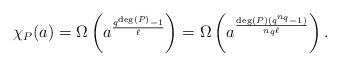
LaTeX: \begin{align*}\chi_P(a)=\Omega\left(a^{\frac{q^{\deg (P)}-1}{\ell}}\right)=\Omega\left(a^{\frac{\deg(P)(q^{n_q}-1)}{n_q \ell}}\right).\end{align*}